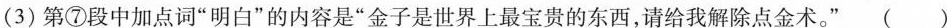
(3)第⑦段中加点词”明白”的内容是”金子是世界上最宝贵的东西，请给我解除点金术。”